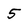
Character: 5